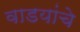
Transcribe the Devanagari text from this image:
वाडयांचे